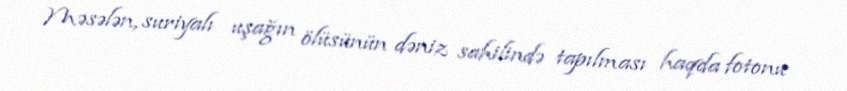
Məsələn, suriyalı uşağın ölüsünün dəniz sahilində tapılması haqda fotonu